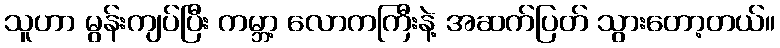
သူဟာ မွန်းကျပ်ပြီး ကမ္ဘာ့ လောကကြီးနဲ့ အဆက်ပြတ် သွားတော့တယ်။